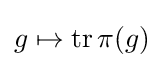
g\mapsto \operatorname {tr} \pi (g)